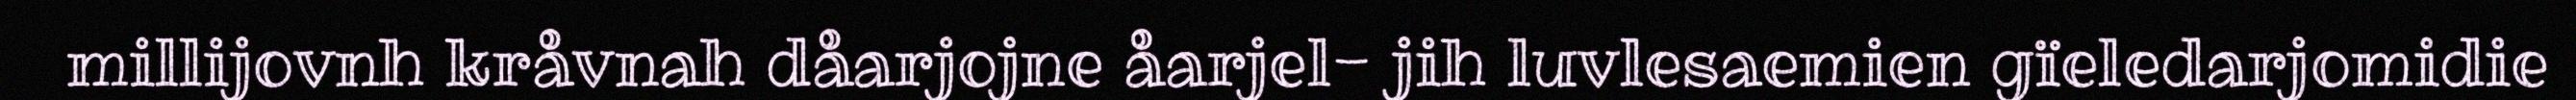
millijovnh kråvnah dåarjojne åarjel- jih luvlesaemien gïeledarjomidie